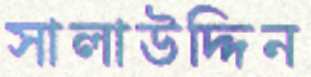
সালাউদ্দিন